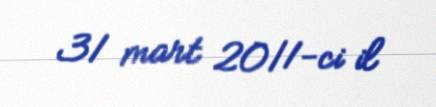
31 mart 2011-ci il